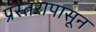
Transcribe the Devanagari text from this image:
प्रस्तरापासून